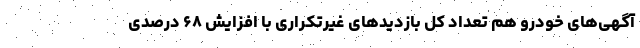
آگهی‌های خودرو هم تعداد کل بازدیدهای غیرتکراری با افزایش ۶۸ درصدی